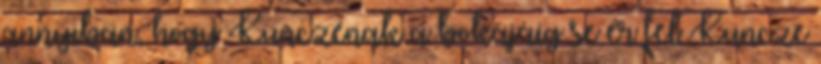
annyiban, hogy Kunczénak a bokájáig se ér fel Kuncze